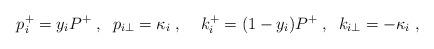
LaTeX: \begin{align*}p_i^+=y_i P^+ \;,\;\;p_{i\perp}=\kappa_i \;,\;\;\;\;k_i^+=(1-y_i)P^+\;,\;\;k_{i\perp}=-\kappa_i \;,\end{align*}